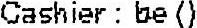
CASHIER : BE ()